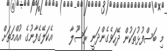
މި ބަސްފުޅުތަކުން ދޭހަވެގެންދަނީ ރަސޫލާ     އެކަލޭގެފާނުގެ އުއްމަތަށް